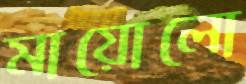
মায়োলো